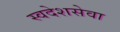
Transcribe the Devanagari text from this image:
स्वदेशसेवा